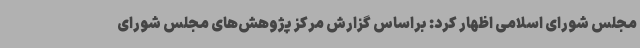
مجلس شورای اسلامی اظهار کرد: براساس گزارش مرکز پژوهش‌های مجلس شورای